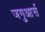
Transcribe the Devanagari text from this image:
जगुआर्स